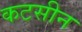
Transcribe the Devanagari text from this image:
कटसीन